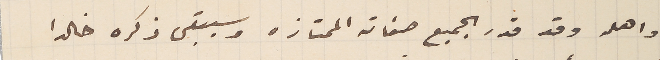
واهله وقد قدر الجميع صفاته الممتازه وسيبقى ذكره خالدا